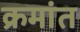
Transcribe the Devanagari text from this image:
क्रमांत